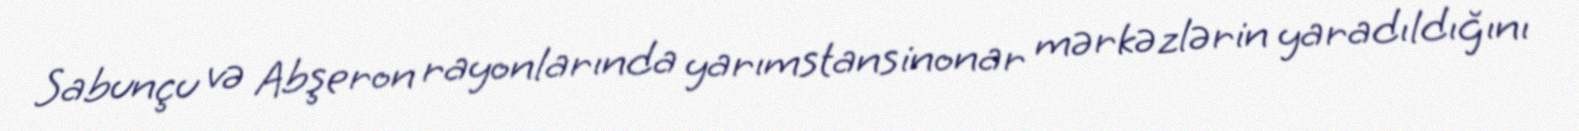
Sabunçu və Abşeron rayonlarında yarımstansinonar mərkəzlərin yaradıldığını